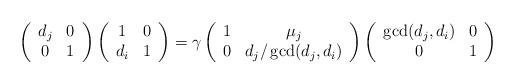
LaTeX: \begin{align*}\left( \begin{array}{cc} d_j & 0 \\ 0 & 1 \\ \end{array} \right) \left( \begin{array}{cc} 1 & 0 \\ d_i & 1 \\ \end{array} \right)= \gamma\left( \begin{array}{cc} 1 & \mu_j \\ 0 & d_j/\gcd(d_j,d_i) \\ \end{array} \right) \left( \begin{array}{cc} \gcd(d_j,d_i) & 0 \\ 0 & 1 \\ \end{array} \right)\end{align*}